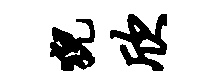
猊欣